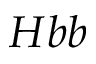
H b b